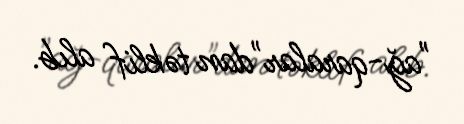
"ağ-qaralar"dan təklif alıb.